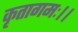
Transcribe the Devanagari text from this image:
कृतागमः।।